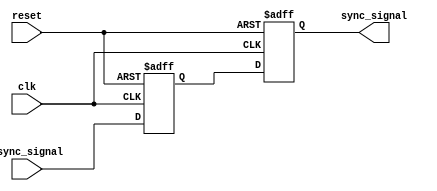
module two_flop_synchronizer (
    input wire clk,
    input wire reset,
    input wire async_signal,
    output reg sync_signal
);

reg flop1;
reg flop2;

always @(posedge clk or posedge reset) begin
    if (reset) begin
        flop1 <= 1'b0;
        flop2 <= 1'b0;
    end else begin
        flop1 <= async_signal;
        flop2 <= flop1;
    end
end

assign sync_signal = flop2;

endmodule